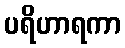
ပရိဟာရကာ